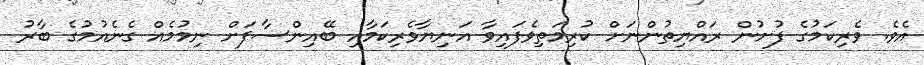
އެވެ. ވެރިކަމުގެ ފުށުން ރައްޔިތުންނަށް ކުރިމަތިވެފައިވާ އަނިޔާވެރިކަމާއި ބޭއިންސާފަށް ނިމުމެއް ގެނެއުމުގެ ބާރު